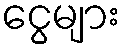
ငွေများ